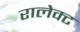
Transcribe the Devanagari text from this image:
रालेक्ट